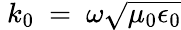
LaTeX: ~k_{0}~=~\omega{\sqrt{\mu_{0}\epsilon_{0}}}